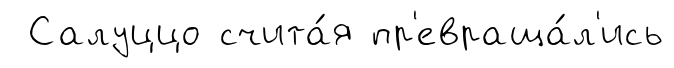
Салуццо счита́я пр'евраща́л'ись